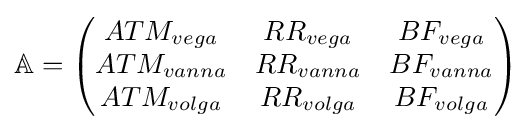
\mathbb {A} ={\begin{pmatrix}ATM_{vega}&RR_{vega}&BF_{vega}\\ATM_{vanna}&RR_{vanna}&BF_{vanna}\\ATM_{volga}&RR_{volga}&BF_{volga}\end{pmatrix}}